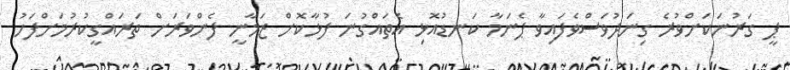
ޕީ ގަރުނަކަށްވުރެ ގިނަދުވަސްވެފައިވާ ޕެނަމާ ކަނޑުއޮޅި އެތައްގުނަ ފުޅާކޮށް ޒަމާނީ ފެންވަރަށް ތަރައްގީކުރުމަށްފަހު